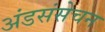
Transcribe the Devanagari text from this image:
अंडसंसेचन